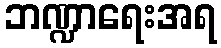
ဘဏ္ဍာရေးအရ